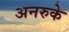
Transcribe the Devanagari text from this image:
अनरुके